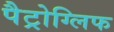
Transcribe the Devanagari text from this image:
पैट्रोग्लिफ